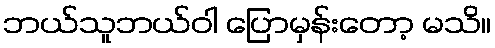
ဘယ်သူဘယ်ဝါ ပြောမှန်းတော့ မသိ။